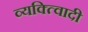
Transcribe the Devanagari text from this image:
व्यक्त्विादी